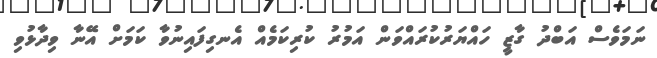
ނަމަވެސް އަބްދު ގާޒީ ހައްޔަރުކުރައްވަން އަމުރު ކުރިކަމެއް އެނގިފައިނުވާ ކަމަށް އޭނާ ވިދާޅުވި